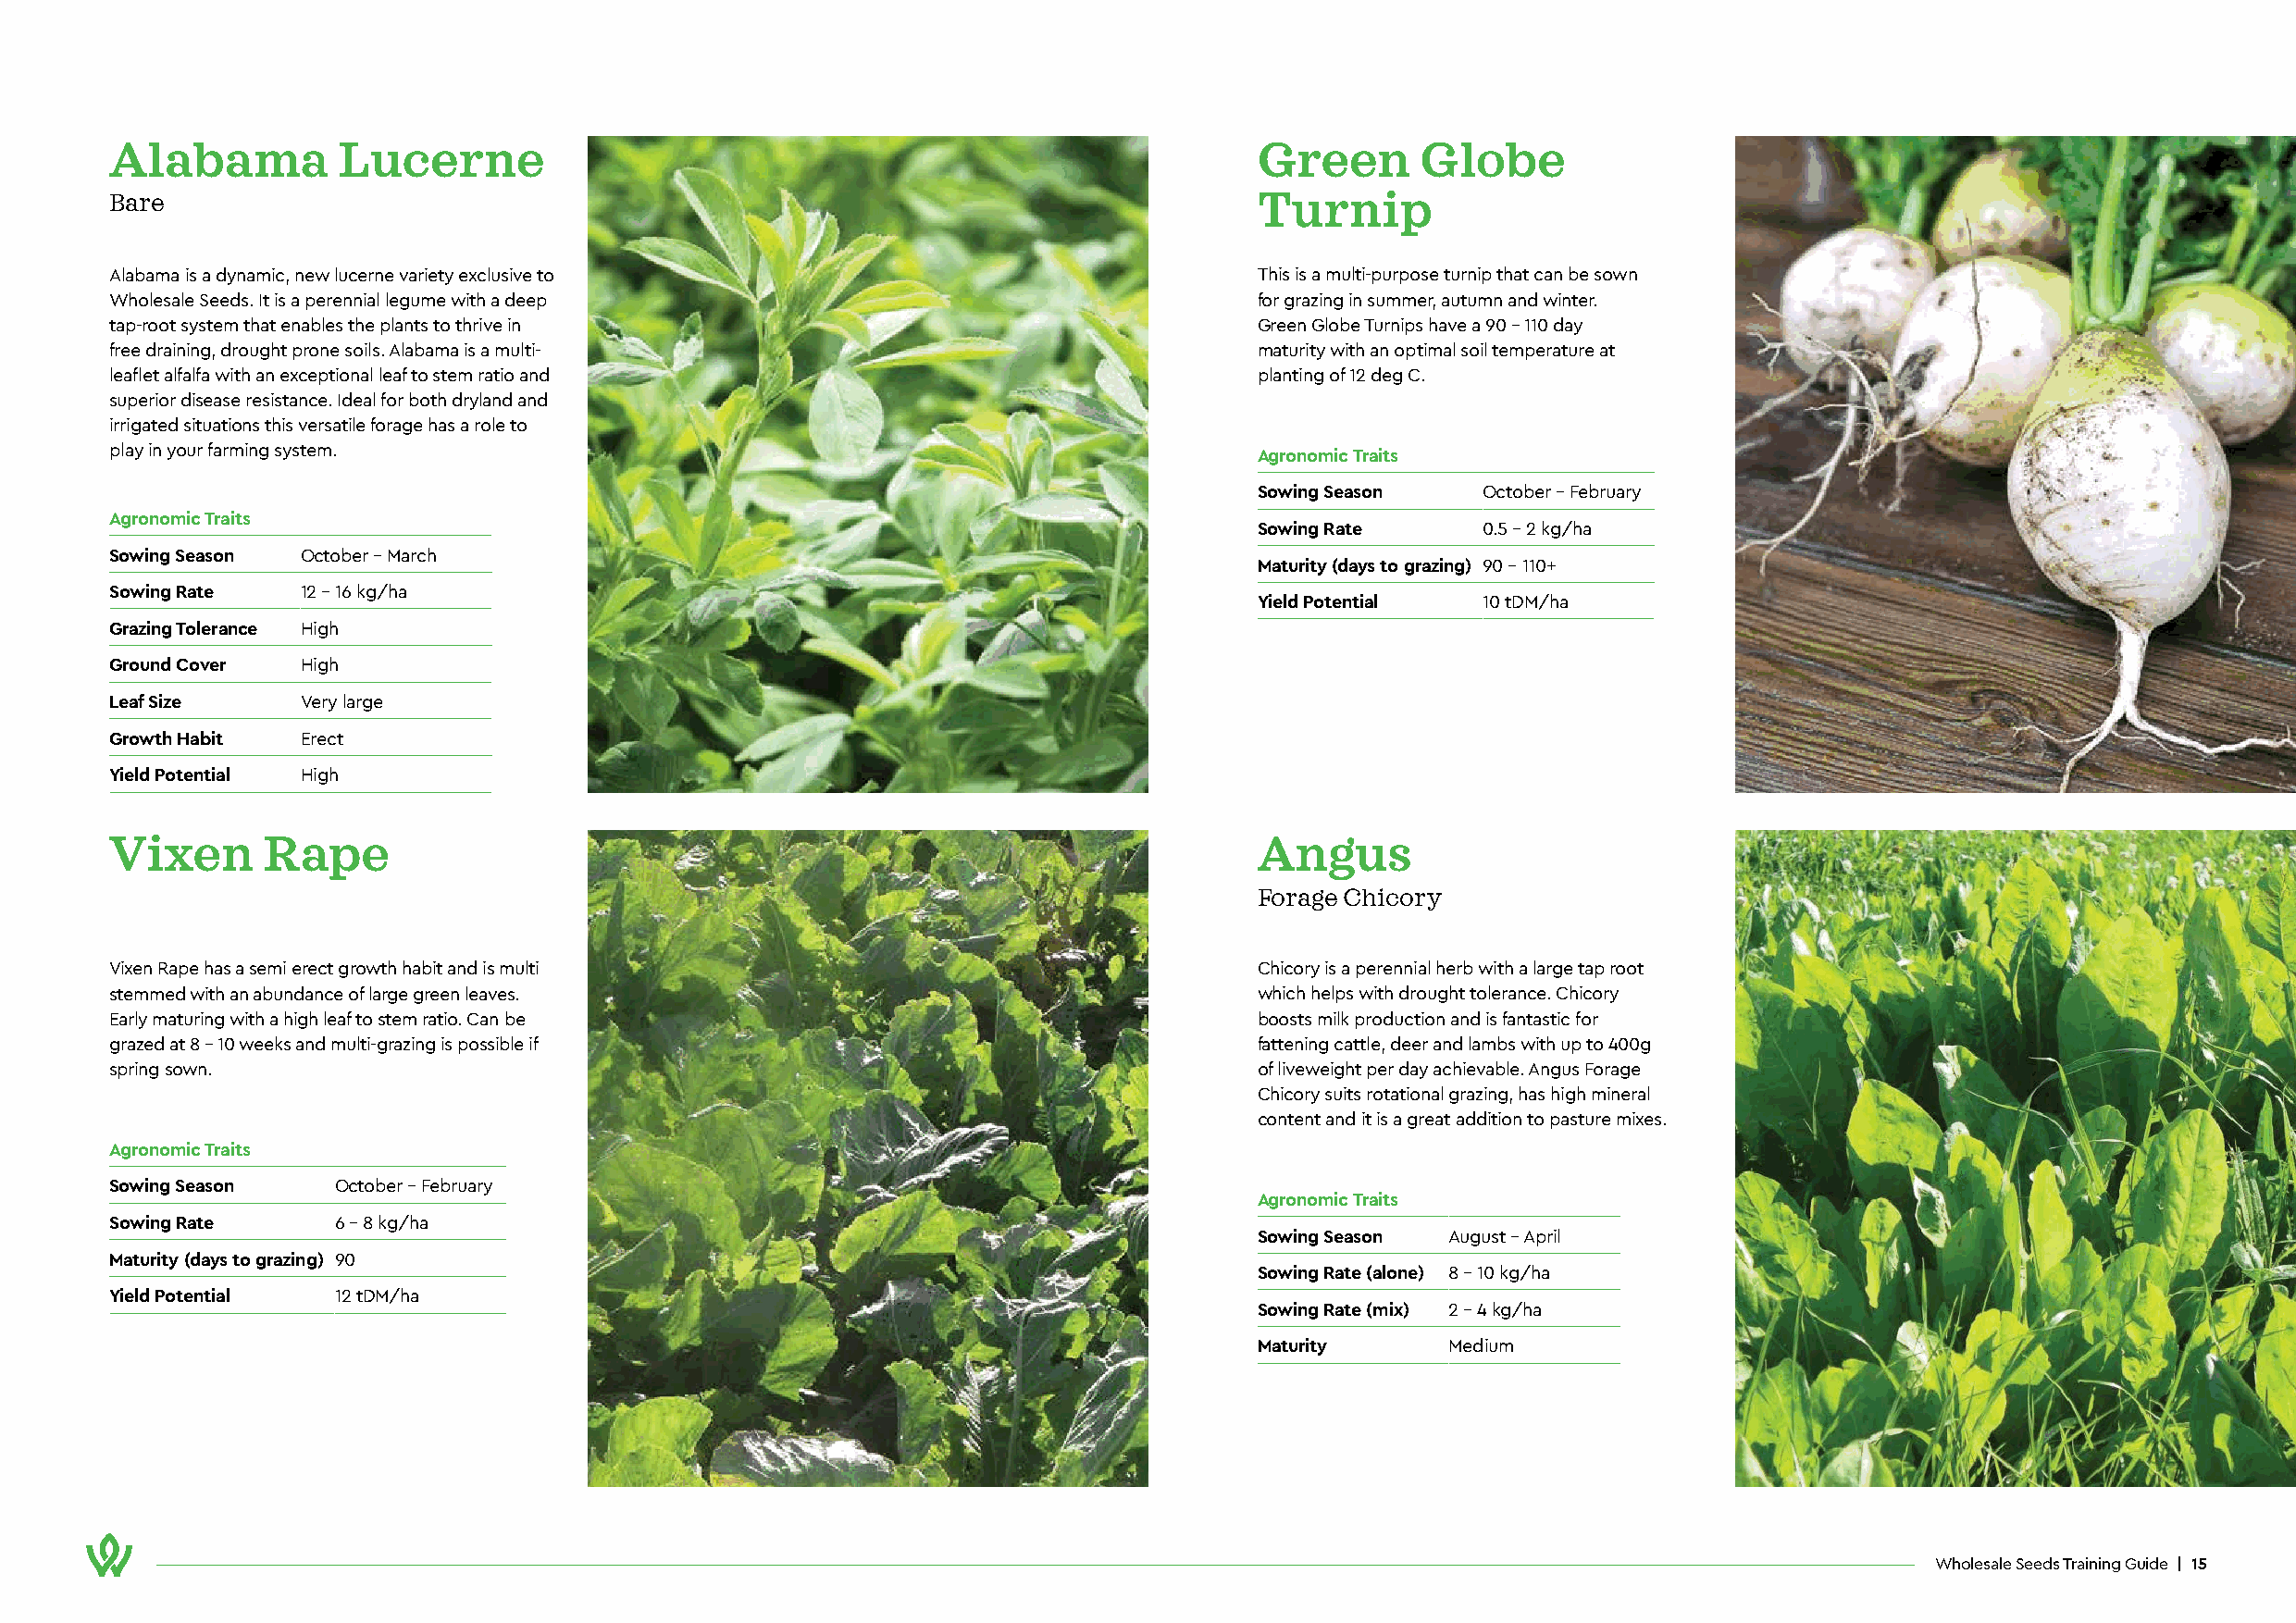
Alabama         Lucerne                                                           Green       Globe
 Bare                                                                              Turnip
 Alabama is a dynamic, new lucerne variety exclusive to                            This is a multi-purpose turnip that can be sown
 Wholesale Seeds. It is a perennial legume with a deep                             for grazing in summer, autumn and winter.
 tap-root system that enables the plants to thrive in                              Green Globe Turnips have a 90 - 110 day
 free draining, drought prone soils. Alabama is a multi-                           maturity with an optimal soil temperature at
 leaflet alfalfa with an exceptional leaf to stem ratio and                        planting of 12 deg C.
 superior disease resistance. Ideal for both dryland and
 irrigated situations this versatile forage has a role to
 play in your farming system.                                                      Agronomic Traits
 Sowing Season   October - February
 Agronomic Traits
 Sowing Rate     0.5 - 2 kg/ha
 Sowing Season October - March
 Maturity (days to grazing) 90 - 110+
 Sowing Rate   12 - 16 kg/ha
 Yield Potential 10 tDM/ha
 Grazing Tolerance High
 Ground Cover  High
 Leaf Size     Very large
 Growth Habit  Erect
 Yield Potential High
 Vixen      Rape                                                                   Angus
 Forage Chicory
 Vixen Rape has a semi erect growth habit and is multi                             Chicory is a perennial herb with a large tap root
 stemmed with an abundance of large green leaves.                                  which helps with drought tolerance. Chicory
 Early maturing with a high leaf to stem ratio. Can be                             boosts milk production and is fantastic for
 grazed at 8 - 10 weeks and multi-grazing is possible if                           fattening cattle, deer and lambs with up to 400g
 spring sown.                                                                      of liveweight per day achievable. Angus Forage
 Chicory suits rotational grazing, has high mineral
 content and it is a great addition to pasture mixes.
 Agronomic Traits
 Sowing Season   October - February
 Agronomic Traits
 Sowing Rate     6 - 8 kg/ha
 Sowing Season August - April
 Maturity (days to grazing) 90
 Sowing Rate (alone) 8 - 10 kg/ha
 Yield Potential 12 tDM/ha
 Sowing Rate (mix) 2 - 4 kg/ha
 Maturity      Medium
 Wholesale Seeds Training Guide | 15